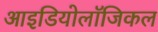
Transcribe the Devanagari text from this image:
आइडियोलॉजिकल